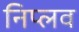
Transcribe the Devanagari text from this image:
निप्लव